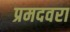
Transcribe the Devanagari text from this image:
प्रमदवरा